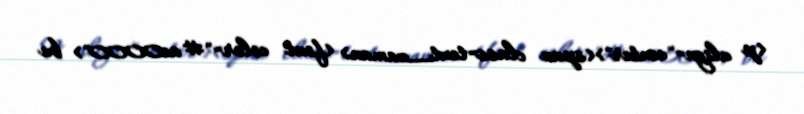
<p align="center"><span class=text_zaman> <font color="#ae0000"> bu